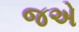
જએ